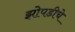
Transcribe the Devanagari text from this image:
झोपडीचे